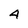
Character: 4